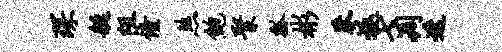
琛艇阻僮煞鲍聚瓢彬莽返七凋迭